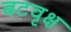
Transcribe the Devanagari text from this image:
बटवृक्ष